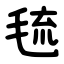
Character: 㲙